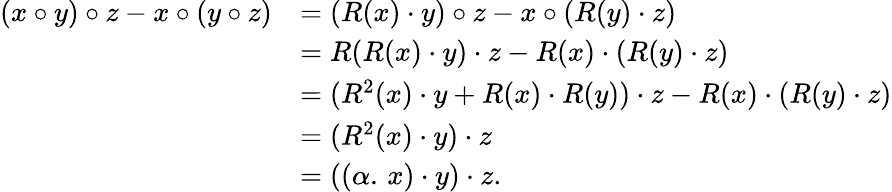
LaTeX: \begin{array}{rl}{(x\circ y)\circ z-x\circ(y\circ z)}&{=(R(x)\cdot y)\circ z-x\circ(R(y)\cdot z)}\\ &{=R(R(x)\cdot y)\cdot z-R(x)\cdot(R(y)\cdot z)}\\ &{=(R^{2}(x)\cdot y+R(x)\cdot R(y))\cdot z-R(x)\cdot(R(y)\cdot z)}\\ &{=(R^{2}(x)\cdot y)\cdot z}\\ &{=((\alpha.\, x)\cdot y)\cdot z.}\end{array}